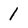
Character: 1